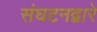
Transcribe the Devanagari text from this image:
संघटनद्वारे